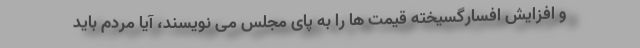
و افزایش افسارگسیخته قیمت ها را به پای مجلس می نویسند، آیا مردم باید